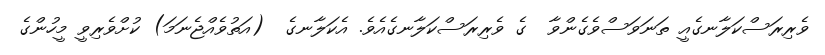
ވެރިރަސްކަލާނގެއީ ތަނަވަސްވެގެންވާ  ގެ ވެރިރަސްކަލާނގެއެވެ. އެކަލާނގެ  (އަތުވެއްޖެނަމަ) ކުށްވެރިވީ މީހުންގެ